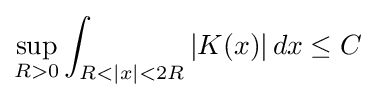
\sup _{R>0}\int _{R<|x|<2R}|K(x)|\,dx\leq C